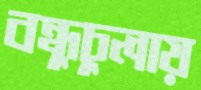
বন্ধুচুলায়